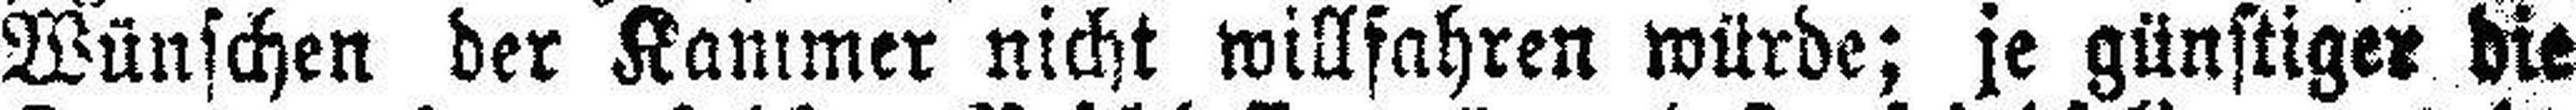
Wünschen der Kammer nicht willfahren würde; je günstiger die